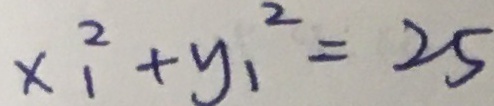
x _ { 1 } ^ { 2 } + y _ { 1 } ^ { 2 } = 2 5